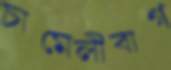
চামেলীবাগ